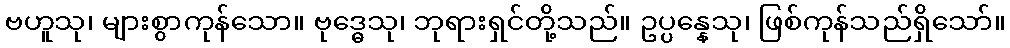
ဗဟူသု၊ များစွာကုန်သော။ ဗုဒ္ဓေသု၊ ဘုရားရှင်တို့သည်။ ဥပ္ပန္နေသု၊ ဖြစ်ကုန်သည်ရှိသော်။